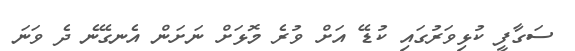
ސަގާފީ ކުޅިވަރުގައި ކުޑޭ އަށް ވުރެ މޮޅަށް ނަށަން އެނގޭނެ ދެ ވަނަ